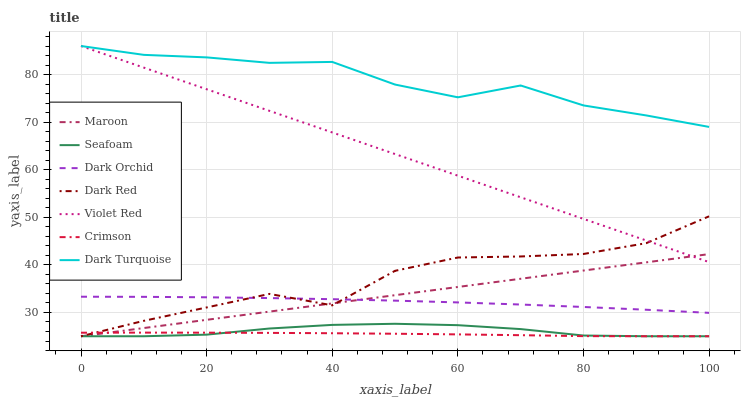
| xaxis_label | Maroon | Seafoam | Dark Orchid | Dark Red | Violet Red | Crimson | Dark Turquoise |
 | --- | --- | --- | --- | --- | --- | --- | --- |
 | 0 | 25 | 25 | 33.3 | 25 | 86 | 25.7 | 86 |
 | 10 | 26.7 | 25 | 33.3 | 28.2 | 81.5 | 25.8 | 84.1 |
 | 20 | 28.5 | 25.3 | 33.2 | 31 | 76.9 | 25.8 | 83.6 |
 | 30 | 30.2 | 26.6 | 33 | 33.9 | 72.4 | 25.7 | 82.5 |
 | 40 | 31.9 | 27.4 | 32.8 | 31.5 | 67.8 | 25.6 | 82.7 |
 | 50 | 33.6 | 27.6 | 32.5 | 38.8 | 63.3 | 25.5 | 77.9 |
 | 60 | 35.4 | 27.3 | 32.1 | 41.5 | 58.7 | 25.4 | 75.2 |
 | 70 | 37.1 | 26.5 | 31.7 | 41.8 | 54.2 | 25.2 | 77.7 |
 | 80 | 38.8 | 25.2 | 31.2 | 42.3 | 49.7 | 25 | 73.5 |
 | 90 | 40.5 | 25 | 30.6 | 44.6 | 45.1 | 25 | 71.4 |
 | 100 | 42.3 | 25 | 29.9 | 50.2 | 40.6 | 25 | 69 |